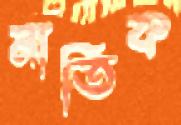
নাতিক